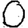
Digit: 0